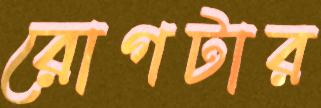
রোগটার